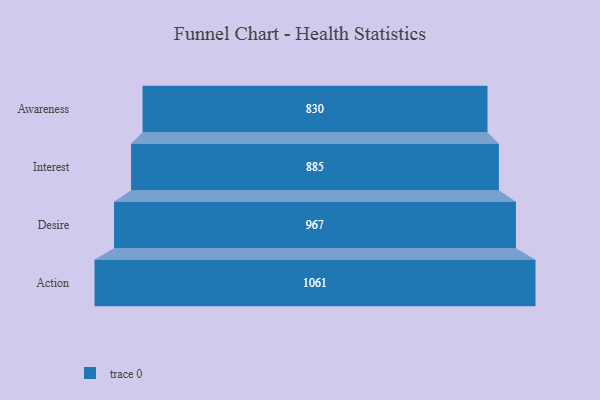
{"axis": {"x": "Stage", "y": "Value"}, "legend": [""], "data": [{"x": "Awareness", "y": 830.0, "type": ""}, {"x": "Interest", "y": 885.0, "type": ""}, {"x": "Desire", "y": 967.0, "type": ""}, {"x": "Action", "y": 1061.0, "type": ""}]}